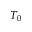
T _ { 0 }